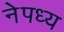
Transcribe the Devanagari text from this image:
नेपध्य